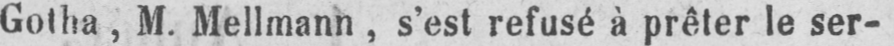
Gotha, M. Mellmann, s’est refusé à prêter le ser-